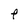
Character: F